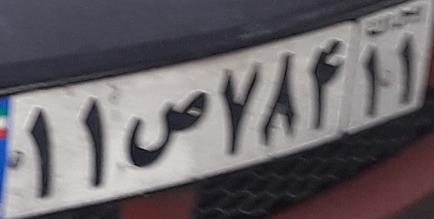
۱۱ص۷۸۴۱۱